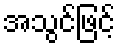
အသွင်ဖြင့်